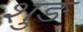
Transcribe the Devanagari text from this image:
शुङ